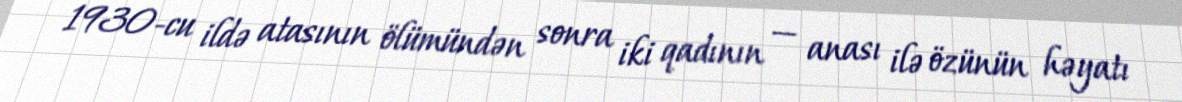
1930-cu ildə atasının ölümündən sonra iki qadının — anası ilə özünün həyatı